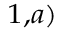
^ { 1 , a ) }